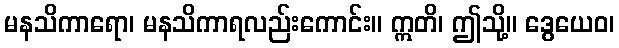
မနသိကာရော၊ မနသိကာရလည်းကောင်း။ ဣတိ၊ ဤသို့။ ဒွေယေဝ၊